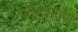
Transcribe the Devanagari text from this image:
जेडजीएफ